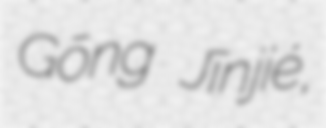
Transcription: Gōng Jīnjié,